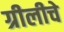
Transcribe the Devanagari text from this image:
ग्रीलीचे